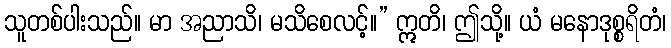
သူတစ်ပါးသည်။ မာ အညာသိ၊ မသိစေလင့်။” ဣတိ၊ ဤသို့။ ယံ မနောဒုစ္စရိတံ၊